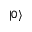
\vert { 0 } \rangle